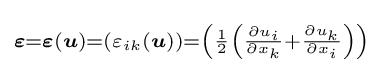
\scriptstyle {\boldsymbol {\varepsilon }}={\boldsymbol {\varepsilon }}({\boldsymbol {u}})=\left(\varepsilon _{ik}({\boldsymbol {u}})\right)=\left({\frac {1}{2}}\left({\frac {\partial u_{i}}{\partial x_{k}}}+{\frac {\partial u_{k}}{\partial x_{i}}}\right)\right)